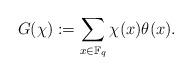
LaTeX: \begin{align*}G(\chi):=\sum_{x\in \mathbb{F}_q}\chi(x)\theta(x).\end{align*}